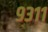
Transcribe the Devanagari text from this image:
९३११